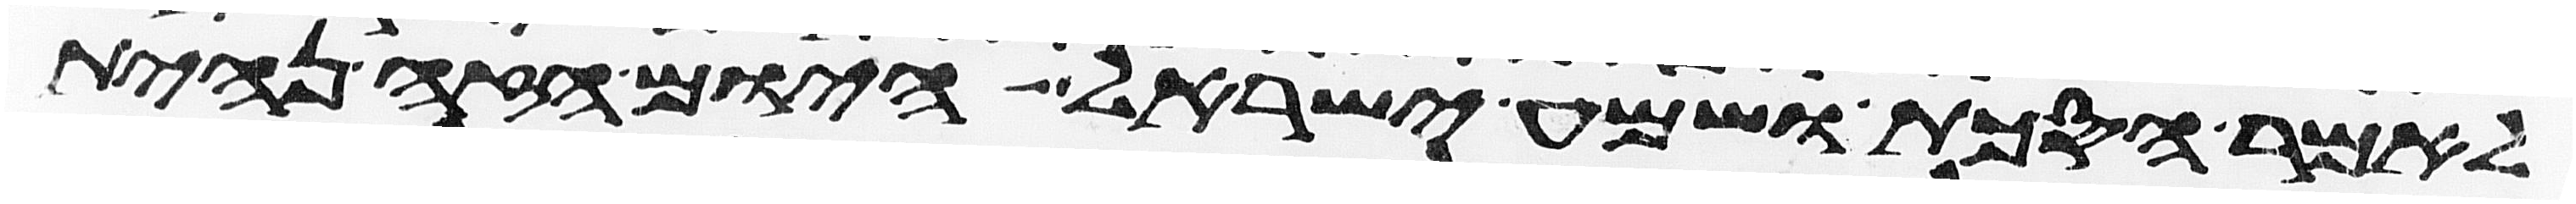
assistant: לאמר הסכת ושמע ישראל היום הזה נהית